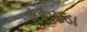
કરૂપડા